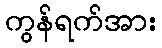
ကွန်ရက်အား